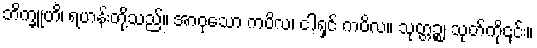
ဘိက္ခူဟိ၊ ရဟန်းတို့သည်။ အာဝုသော ကပိလ၊ ငါ့ရှင် ကပိလ။ သုတ္တဉ္စ၊ သုတ်ကို၎င်း။